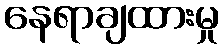
နေရာချထားမှု